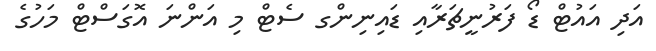
އަދި އައުޓް ޑޯ ފަރުނީޗަރާއި ޑައިނިންގ ސެޓް މި އަންނަ އޮގަސްޓް މަހުގެ